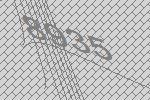
8935